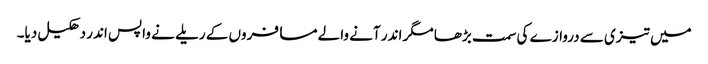
میں تیزی سے دروازے کی سمت بڑھا مگر اندر آنے والے مسافروں کے ریلے نے واپس اندر دھکیل دیا۔